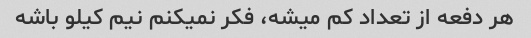
هر دفعه از تعداد کم میشه، فکر نمیکنم نیم کیلو باشه